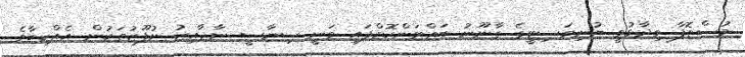
މުސްތޮފާ ވިދާޅުވީ ޔުނިވަސިޓީގެ ގާނޫނު ބައްޓަންކޮށްފައި ވަނީ ސިޔާސީ ނާޖާއިޒު ނުފޫޒުތަކުން އެއްކިބާވެ